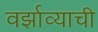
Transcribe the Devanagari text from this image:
वर्झाव्याची